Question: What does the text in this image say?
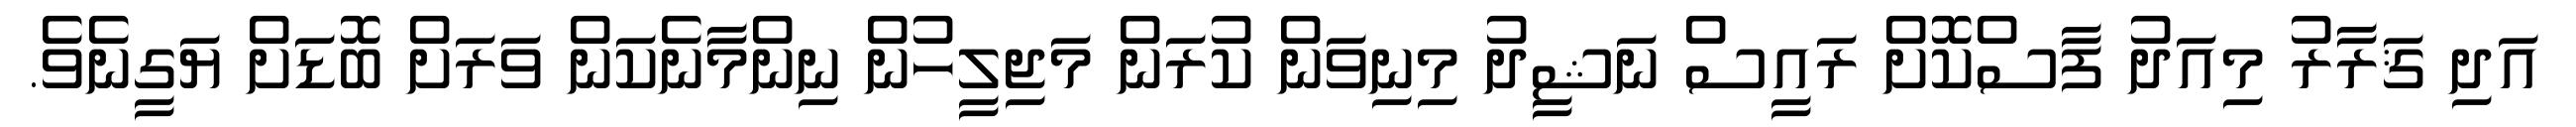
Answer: އަދި ޤަރާރު މިއަދު ފާސްކޮށް ރައީސް ނަޝީދު މިނިވަން ކުރަން މަޖިލީހުން ނިންމާނެކަން ވަރަށް ބޮޑަށް ޔަގީނެވެ.